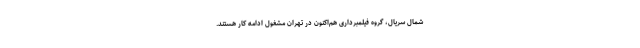
شمال سریال، گروه فیلمبرداری هم‌اکنون در تهران مشغول ادامه کار هستند.